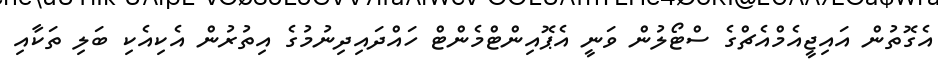
އެގޮތުން އައިޖީއެމްއެޗްގެ ސްޓޯލުން ވަނީ އެޕޮއިންޓްމެންޓް ހައްދައިދިނުމުގެ އިތުރުން އެކިއެކި ބަލި ތަކާއި